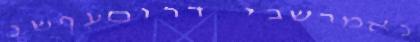
נאמרשבי דרוםעףשנ